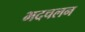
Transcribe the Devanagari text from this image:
भदचलन